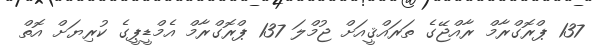
137 ޕްރޮގްރާމް ރާއްޖޭގެ ތަރައްޤީއަށް ޖުމްލަ 137 ޕްރޮގްރާމް އެމްޑީޕީގެ ކުރިޔަށް އޮތް